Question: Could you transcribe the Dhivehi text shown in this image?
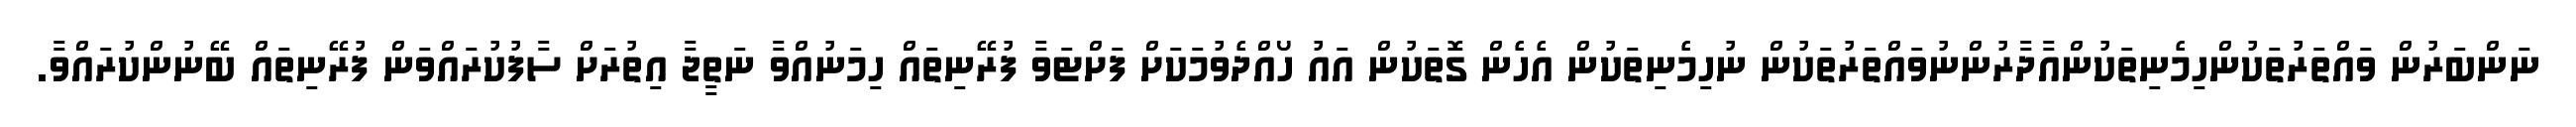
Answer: ނަންބަރުން ވައްތަރުތަކުންހިމެނިތަކުންއާދާރުންނުވައްތަރުތަކުން ނުހިމެނިތަކުން އެހެން ގޮތަކުން އައު ހޯއްދެވުމަކަށް ފަށްޓަވާ ފުރޭނިތައް ހިމަނުއްވާ ނަތީޖާ އިތުރަށް ސާފުކުރައްވަން ފުރޭނިތައް ބޭނުންކުރައްވާ.